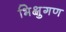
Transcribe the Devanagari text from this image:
भिक्षुगण